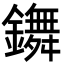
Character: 𨮧